Code of medical and sanitary regulations for the guidance of medical officers serving in the Madras Presidency - Volume I
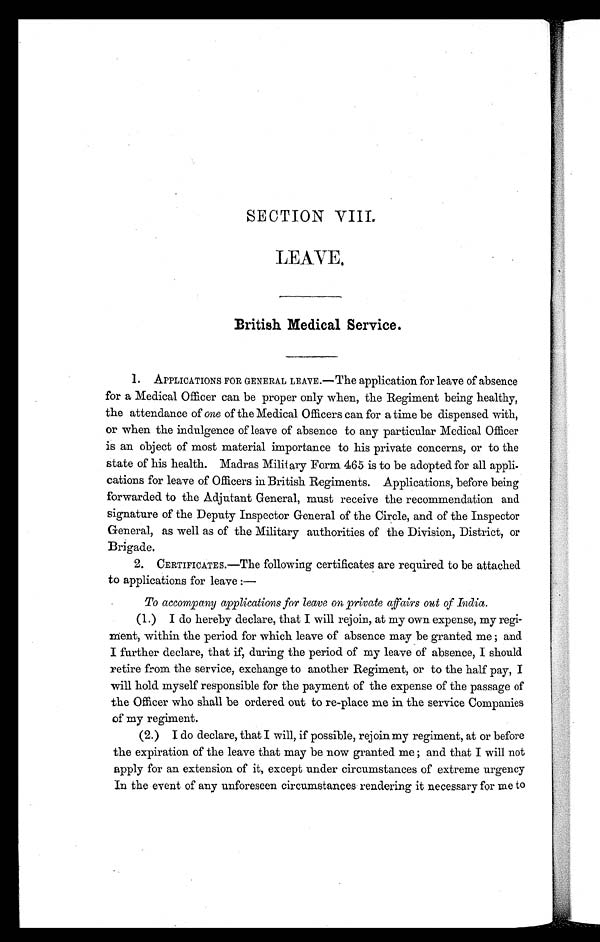
SECTION VIII.
LEAVE.
British Medical Service.
1. APPLICATIONS FOR GENERAL LEAVE.—The application for leave of absence
for a Medical Officer can be proper only when, the Regiment being healthy,
the attendance of one of the Medical Officers can for a time be dispensed with,
or when the indulgence of leave of absence to any particular Medical Officer
is an object of most material importance to his private concerns, or to the
state of his health. Madras Military Form 465 is to be adopted for all appli-
cations for leave of Officers in British Regiments. Applications, before being
forwarded to the Adjutant General, must receive the recommendation and
signature of the Deputy Inspector General of the Circle, and of the Inspector
General, as well as of the Military authorities of the Division, District, or
Brigade.
2. CERTIFICATES.—The following certificates are required to be attached
to applications for leave :
—
To accompany applications for leave on private affairs out of India.
(1.) I do hereby declare, that I will rejoin, at my own expense, my regi-
ment, within the period for which leave of absence may be granted me ; and
I further declare, that if, during the period of my leave of absence, I should
retire from the service, exchange to another Regiment, or to the half pay, I
will hold myself responsible for the payment of the expense of the passage of
the Officer who shall be ordered out to re-place me in the service Companies
of my regiment.
(2.) I do declare, that I will, if possible, rejoin my regiment, at or before
the expiration of the leave that may be now granted me ; and that I will not
apply for an extension of it, except under circumstances of extreme urgency
In the event of any unforeseen circumstances rendering it necessary for me to